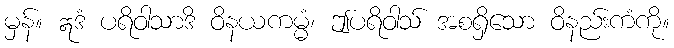
မှန်။ ဣဒံ ပရိဝါသာဒိ ဝိနယကမ္မံ၊ ဤပရိဝါသ် အစရှိသော ဝိနည်းကံကို။